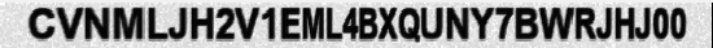
CVNMLJH2V1EML4BXQUNY7BWRJHJ00